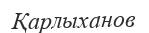
Қарлыханов